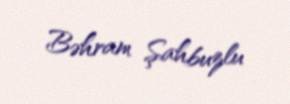
Bəhram Şahbuzlu